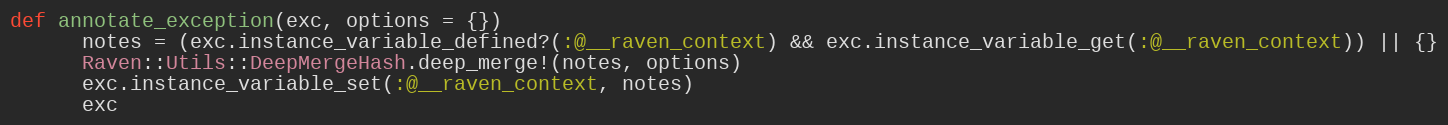
Language: Ruby
def annotate_exception(exc, options = {})
      notes = (exc.instance_variable_defined?(:@__raven_context) && exc.instance_variable_get(:@__raven_context)) || {}
      Raven::Utils::DeepMergeHash.deep_merge!(notes, options)
      exc.instance_variable_set(:@__raven_context, notes)
      exc